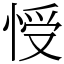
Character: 㥅